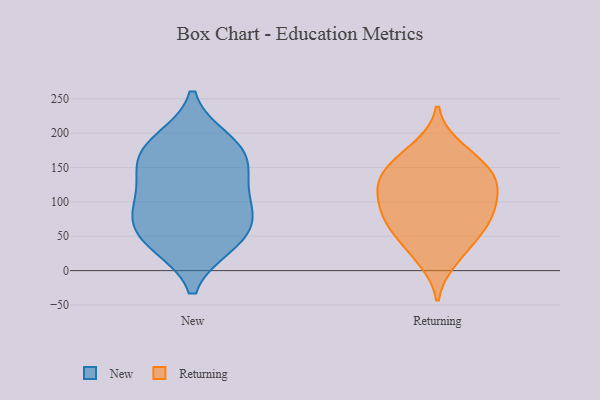
{"axis": {"x": "Shipments", "y": "Value"}, "legend": ["New", "Returning"], "data": [{"x": "", "y": 88, "type": "New"}, {"x": "", "y": 38, "type": "New"}, {"x": "", "y": 78, "type": "New"}, {"x": "", "y": 174, "type": "New"}, {"x": "", "y": 38, "type": "New"}, {"x": "", "y": 119, "type": "New"}, {"x": "", "y": 179, "type": "New"}, {"x": "", "y": 154, "type": "New"}, {"x": "", "y": 189, "type": "New"}, {"x": "", "y": 139, "type": "New"}, {"x": "", "y": 85, "type": "New"}, {"x": "", "y": 52, "type": "New"}, {"x": "", "y": 179, "type": "Returning"}, {"x": "", "y": 166, "type": "Returning"}, {"x": "", "y": 54, "type": "Returning"}, {"x": "", "y": 123, "type": "Returning"}, {"x": "", "y": 77, "type": "Returning"}, {"x": "", "y": 74, "type": "Returning"}, {"x": "", "y": 116, "type": "Returning"}, {"x": "", "y": 147, "type": "Returning"}, {"x": "", "y": 33, "type": "Returning"}, {"x": "", "y": 110, "type": "Returning"}, {"x": "", "y": 136, "type": "Returning"}, {"x": "", "y": 93, "type": "Returning"}, {"x": "", "y": 16, "type": "Returning"}, {"x": "", "y": 142, "type": "Returning"}, {"x": "", "y": 71, "type": "Returning"}]}